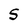
Character: S